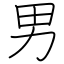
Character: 男